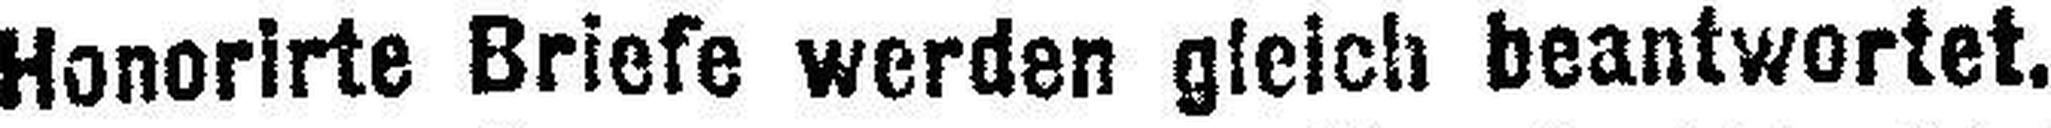
Honorirke Briefe werden gleich beantwortet.